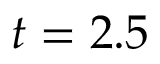
t = 2 . 5